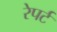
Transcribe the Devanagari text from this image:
रेपर्ट